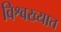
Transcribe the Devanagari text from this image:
विश्वख्यात